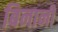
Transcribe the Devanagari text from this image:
बिनानी